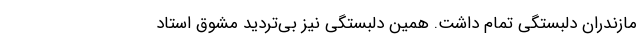
مازندران دلبستگیِ تمام داشت. همین دلبستگی نیز بی‌تردید مشوق استاد